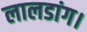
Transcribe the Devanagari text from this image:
लालडांग।